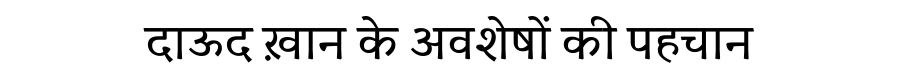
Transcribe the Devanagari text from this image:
दाऊद ख़ान के अवशेषों की पहचान